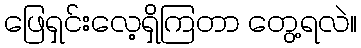
ဖြေရှင်းလေ့ရှိကြတာ တွေ့ရလဲ။